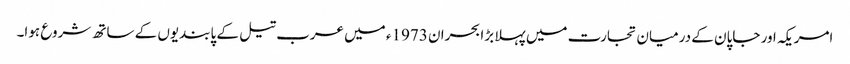
امریکہ اور جاپان کے درمیان تجارت میں پہلا بڑا بحران 1973ء میں عرب تیل کے پابندیوں کے ساتھ شروع ہوا۔